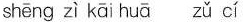
shēng zì kāi huā zǔ cí